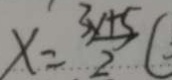
x = \frac { 3 x + 5 } { 2 ^ { \prime } }